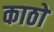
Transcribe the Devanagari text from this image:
काठों